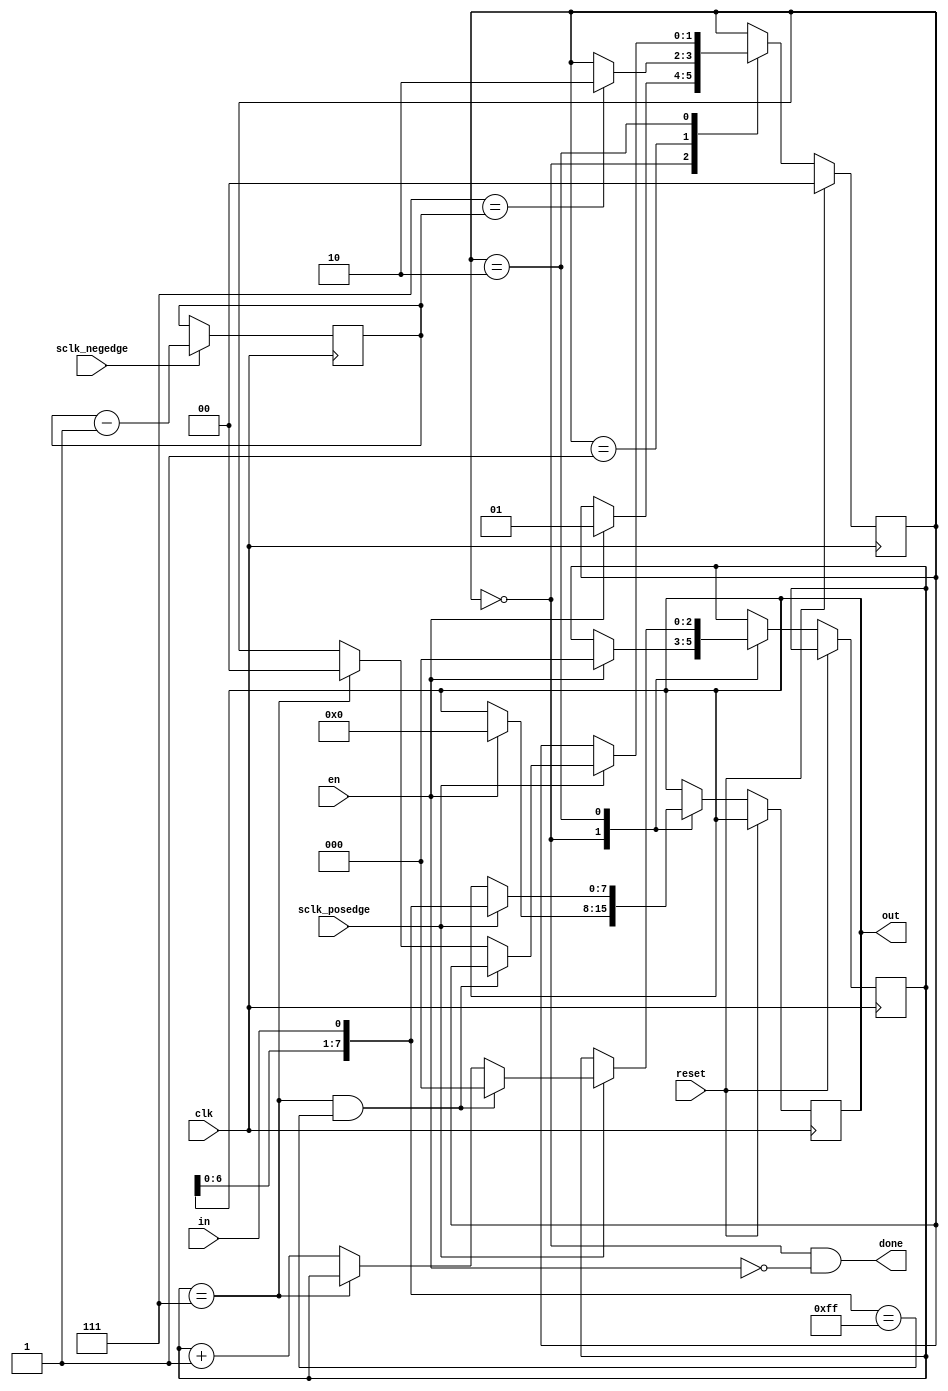
module spi_receiver
  (
   input                      clk,
   input                      sclk_posedge,
   input                      sclk_negedge,
   input                      reset,
   input                      en,
   input                      in,
   output reg [DATA_BITS-1:0] out,
   output                     done
   );

   initial begin
      out = 0;
   end

   parameter DATA_BITS = 8;

   // Keep track of which bit we are on, so that we always
   // start at bit 7 for synchonous byte-oriented communication
   reg [2:0] bit_counter = 7;
   always @ (posedge clk) begin
      if (sclk_negedge) begin
         bit_counter <= bit_counter - 1;
      end
   end

   // State machine logic
   localparam STATE_IDLE    = 0;
   localparam STATE_SYNC    = 1;
   localparam STATE_ENABLED = 2;
   reg [1:0]                   state = STATE_IDLE;
   reg [$clog2(DATA_BITS)-1:0] counter = 0;
   reg [DATA_BITS-1:0]         next_out = 0;
   assign done = (STATE_IDLE == state) && !en;
   always @ (posedge clk) begin
      if (reset) begin
         state <= STATE_IDLE;
      end else begin
         case (state)
            // Wait here until we get the enabled signal
            STATE_IDLE: begin
               if (en) begin
                  out <= 0;
                  state <= STATE_SYNC;
                  counter <= 0;
               end
            end
            // Wait until we are reading the MSB of the next byte
            STATE_SYNC: begin
               if (7 == bit_counter) begin
                  state <= STATE_ENABLED;
               end
            end
            // Sample on the rising edge of the synchronized clock
            // until we have received all of the bits
            STATE_ENABLED: begin
               if (sclk_posedge) begin
                  next_out = { out[DATA_BITS-2:0], in };
                  out <= next_out;
                  // Make sure the first byte is not 0xFF, that is
                  // never a valid message. Go back to the beginning in
                  // that case.
                  if (counter == 7 &&
                      next_out[7:0] == 8'hFF) begin
                     counter <= 0;
                  end else if (counter == DATA_BITS - 1) begin
                     state <= STATE_IDLE;
                  end else begin
                     counter <= counter + 1;
                  end
               end
            end
         endcase
      end
   end

endmodule